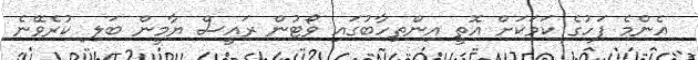
އެންމެ ފަހުގެ ކަމަކަށް އޮތީ އިންތިހާބުގައި ވޯޓުން ރައީސް ޔާމީން ބަލި ކުރެވޭނެ